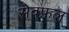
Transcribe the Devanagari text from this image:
सेवफ़ल